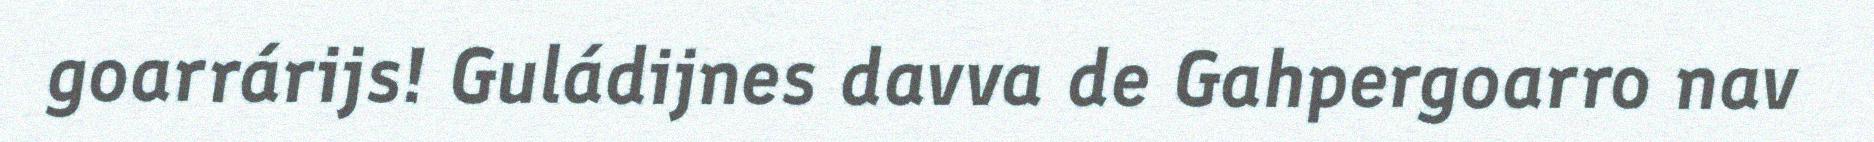
goarrárijs! Guládijnes davva de Gahpergoarro nav